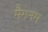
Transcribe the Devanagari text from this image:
मैगनम